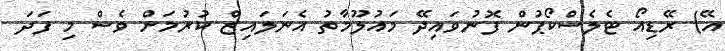
އޭ) ރޭޑިއޯ ޓެލެސްކޯޕުން ފޮނުވައިދޭ މައުލޫމާތު އެނަލައިޒް ކުރުމަށް ވެސް މި ފަދަ